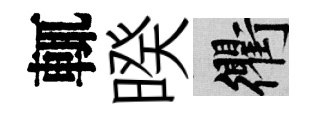
輒暌衢